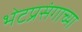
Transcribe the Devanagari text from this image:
भेटप्रसंगाच्या